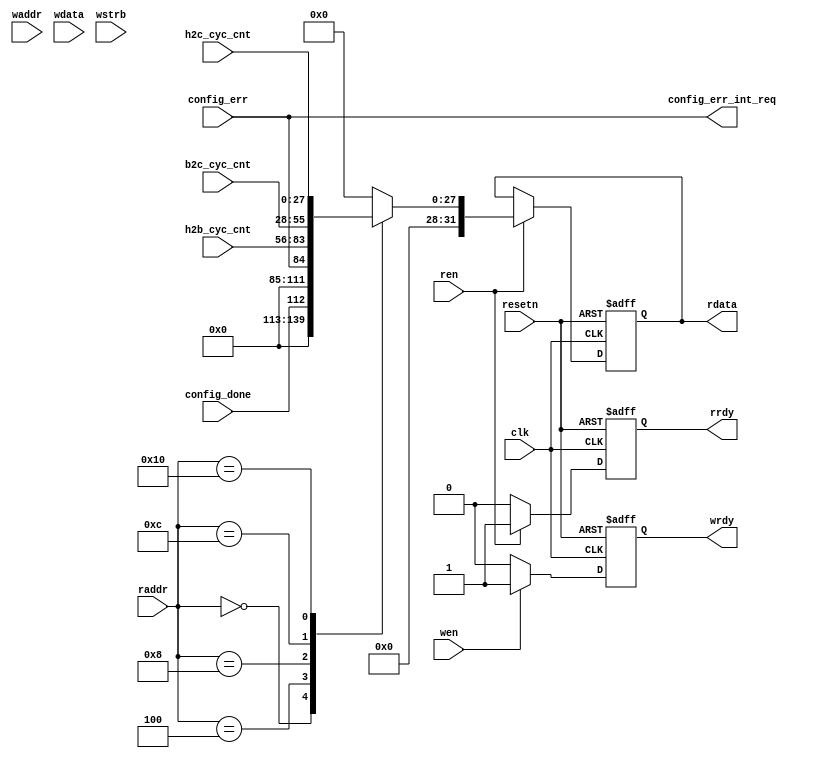
module prc_reg (
    // sys
    clk,
    resetn,
    // reg write/read
    wen,
    waddr,
    wdata,
    wstrb,
    wrdy,
    ren,
    raddr,
    rdata,
    rrdy,
    // function signal for reg
    // input
    config_done,
    config_err,
    h2b_cyc_cnt,
    b2c_cyc_cnt,
    h2c_cyc_cnt,
    // output
    config_err_int_req
);

//****** parameter ******//

// base addr of regs
parameter BASE_ADDR      = 0;
parameter CYC_CNT_WIDTH  = 28;

localparam STATUS_ADDR   = BASE_ADDR + 32'h00;
localparam INT_ADDR      = BASE_ADDR + 32'h04;
localparam PERF_H2B_ADDR = BASE_ADDR + 32'h08;
localparam PERF_B2C_ADDR = BASE_ADDR + 32'h0C;
localparam PERF_H2C_ADDR = BASE_ADDR + 32'h10;

//****** interface ******//

// sys
input clk;
input resetn;

input             wen;
input      [31:0] waddr;
input      [31:0] wdata;
input       [7:0] wstrb;
output            wrdy;
input             ren;
input      [31:0] raddr;
output reg [31:0] rdata;
output            rrdy;

// function signals for reg
input                      config_done;
input                      config_err;
input  [CYC_CNT_WIDTH-1:0] h2b_cyc_cnt;
input  [CYC_CNT_WIDTH-1:0] b2c_cyc_cnt;
input  [CYC_CNT_WIDTH-1:0] h2c_cyc_cnt;

output                      config_err_int_req;

//****** internal signal ******//

// regs
reg                      cfg_done_r;
reg                      cfg_err_int_r;
reg [CYC_CNT_WIDTH-1:0]  h2b_cyc_cnt_r;
reg [CYC_CNT_WIDTH-1:0]  b2c_cyc_cnt_r;
reg [CYC_CNT_WIDTH-1:0]  h2c_cyc_cnt_r;

// rdy
reg wrdy_r;
reg rrdy_r;

//****** internal logic ******//

// Reg Write

// name        : STATUS
// field_name  : config_done
// field_width : [0]
// access_type : RO
always @(*) begin
    cfg_done_r = config_done;
end

// name        : INT
// field_name  : config_err
// field_width : [0]
// access_type : RO
always @(*) begin
    cfg_err_int_r = config_err;
end

// name        : PERF_H2B
// field_name  : h2b_cyc_cnt
// field_width : [27:0]
// access_type : RO
always @(*) begin
    h2b_cyc_cnt_r = h2b_cyc_cnt;
end

// name        : PERF_B2C
// field_name  : b2c_cyc_cnt
// field_width : [27:0]
// access_type : RO
always @(*) begin
    b2c_cyc_cnt_r = b2c_cyc_cnt;
end

// name        : PERF_H2C
// field_name  : h2c_cyc_cnt
// field_width : [27:0]
// access_type : RO
always @(*) begin
    h2c_cyc_cnt_r = h2c_cyc_cnt;
end

always @(posedge clk or negedge resetn) begin
    if (~resetn) begin
        wrdy_r <= 1'b0;
    end
    else if (wen) begin
        wrdy_r <= 1'b1;
    end
    else begin
        wrdy_r <= 1'b0;
    end
end

//****** Reg Read ******//

always @(posedge clk or negedge resetn) begin
    if (~resetn) begin
        rdata <= 32'b0;
    end
    else if (ren) begin
        case (raddr)
            STATUS_ADDR   : rdata <= {{31{1'b0}}, cfg_done_r};
            INT_ADDR      : rdata <= {{31{1'b0}}, cfg_err_int_r};
            PERF_H2B_ADDR : rdata <= {{4{1'b0}}, h2b_cyc_cnt_r};
            PERF_B2C_ADDR : rdata <= {{4{1'b0}}, b2c_cyc_cnt_r};
            PERF_H2C_ADDR : rdata <= {{4{1'b0}}, h2c_cyc_cnt_r};
            default       : rdata <= 32'b0;
        endcase
    end
end

always @(posedge clk or negedge resetn) begin
    if (~resetn) begin
        rrdy_r <= 1'b0;
    end
    else if (ren) begin
        rrdy_r <= 1'b1;
    end
    else begin
        rrdy_r <= 1'b0;
    end
end

// output
assign config_err_int_req = cfg_err_int_r;

assign wrdy = wrdy_r;
assign rrdy = rrdy_r;


endmodule